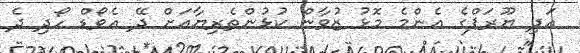
އަދި ޔޫރަޕްގެ އެންމެ މޮޅު ޒުވާން ކުޅުންތެރިޔާއަށް ދޭ އެވޯޑް ހޯދި ދެ